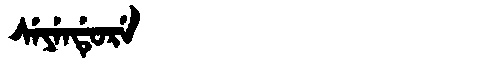
Manchu: ᠰᡝᠶᡝᠨᡩᡠᡵᡝ
Romanization: SEYENDURE